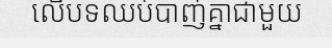
លើបទឈប់បាញ់គ្នាជាមួយ